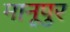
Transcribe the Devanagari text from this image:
मानूपुर